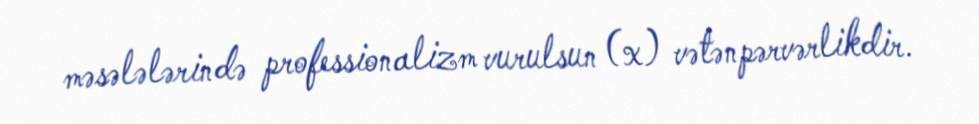
məsələlərində professionalizm vurulsun (x) vətənpərvərlikdir.